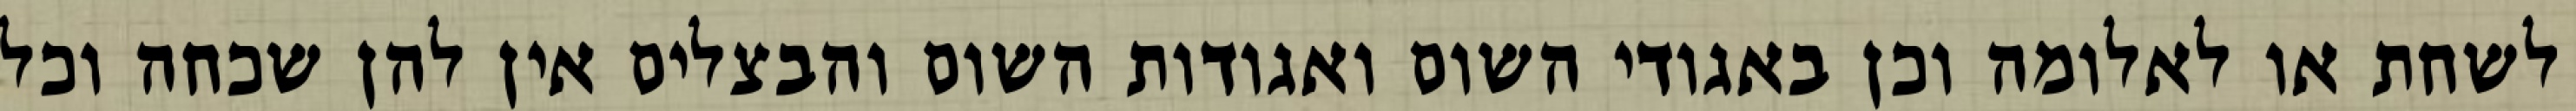
לשחת או לאלומה וכן באגודי השום ואגודות השום והבצלים אין להן שכחה וכל